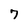
Character: 7